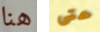
هنا حتى